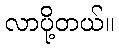
လာပို့တယ်။